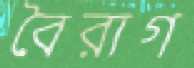
বৈরাগ